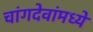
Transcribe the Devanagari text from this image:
चांगदेवांमध्ये